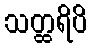
သတ္ထရိပိ